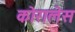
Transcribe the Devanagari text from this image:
कोरालेस